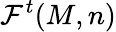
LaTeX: {\cal{F}}^{t}(M,n)